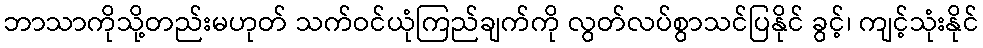
ဘာသာကိုသို့တည်းမဟုတ် သက်ဝင်ယုံကြည်ချက်ကို လွတ်လပ်စွာသင်ပြနိုင် ခွင့်၊ ကျင့်သုံးနိုင်